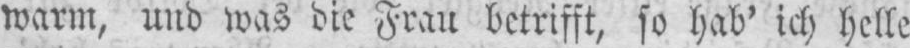
warm, und was die Frau betrifft, so hab’ ich helle